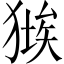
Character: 𤠱